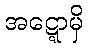
အဋ္ဋောမှိ